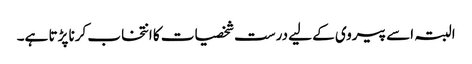
البتہ اسے پیروی کے لیے درست شخصیات کا انتخاب کرنا پڑتا ہے۔